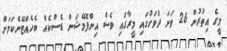
މީގެ އިތުރުން 26 ވަނަ ދުވަހުގައި މީރާގައި ވެސް އިންފޮމޭޝަން ޑެސްކެއް ބެހެއްޓޭނެކަމަށް